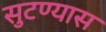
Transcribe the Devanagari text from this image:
सुटण्यास